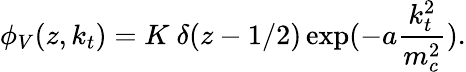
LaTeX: \phi_{V}(z,k_{t})=K\ \delta(z-1/2)\exp(-a\frac{k_{t}^{2}}{m_{c}^{2}}).